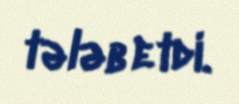
tələb etdi.